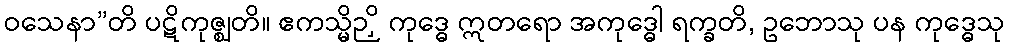
ဝသေနာ”တိ ပဋိကုဇ္ဈတိ။ ဧကသ္မိဉှိ ကုဒ္ဓေ ဣတရော အကုဒ္ဓေါ ရက္ခတိ, ဥဘောသု ပန ကုဒ္ဓေသု